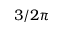
3 / 2 \pi